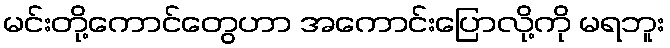
မင်းတို့ကောင်တွေဟာ အကောင်းပြောလို့ကို မရဘူး